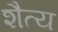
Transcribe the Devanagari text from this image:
शैत्य